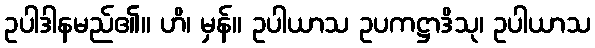
ဥပါဒါနမည်၏။ ဟိ၊ မှန်။ ဥပါယာသ ဥပကဋ္ဌာဒိသု၊ ဥပါယာသ